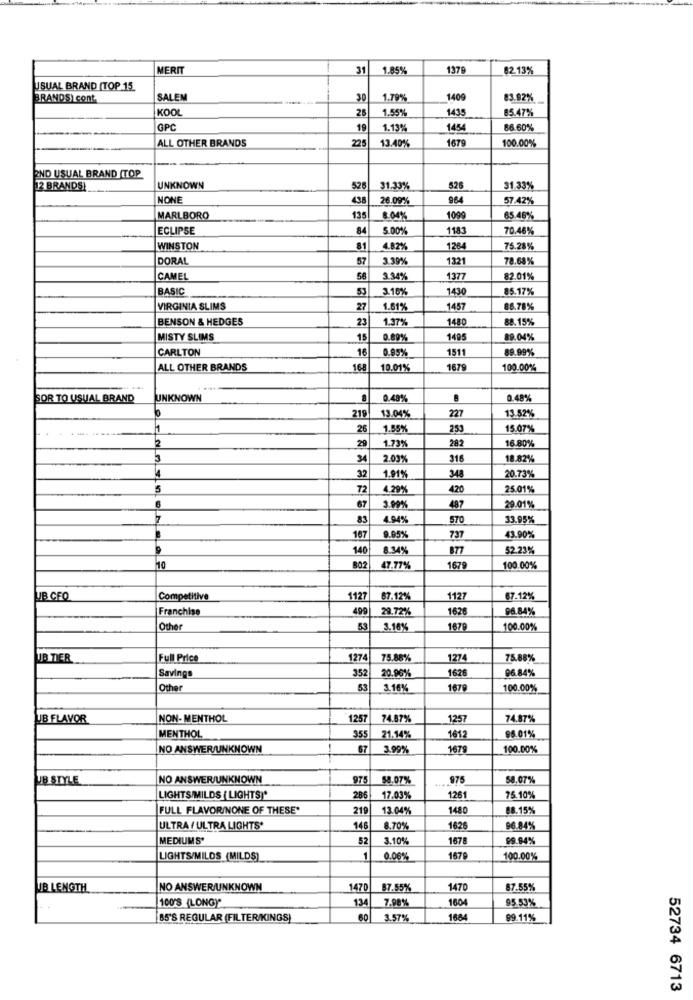
MERIT
31
1.85%
1379
82.13%
USUAL BRAND (TOP 15.
BRANDS) cont.
SALEM
30
1.79%
1409
83.92%
KOOL
1.55%
1435
85.47%
26
GPC
19
1.13%
1454
86.60%
ALL OTHER BRANDS
225
13.40%
1679
100.00%
2ND USUAL BRAND (TOP
12 BRANDS!
UNKNOWN
526
31.33%
526
31.33%
NONE
438
26.09%
964
57.42%
MARLBORO
135
8.04%
1099
65.46%
ECLIPSE
84
5.00%
1183
70.46%
WINSTON
8
4.82%
1264
75.28%
DORAL
57
3.39%
1321
78.68%
CAMEL
234%
1377
82.01%
BASIC
3.16%
1430
85.17%
VIRGINIA SLIMS
27
1.61%
1457
86.78%
BENSON & HEDGES
23
1.37%
1480
88.15%
MISTY SLIMS
15
0.89%
1495
89.04%
CARLTON
16
0.959
1511
89.99%
ALL OTHER BRANDS
168
10.01%
1679
100.00%
SOR TO USUAL BRAND
UNKNOWN
0.489
0.48%
227
13.52%
219
13.04%
1
26
1.55%
253
15.07%
2
1.73%
282
16.80%
34
2.03%
316
18.82%
32
1.91%
348
20.73%
5
72
4.29%
420
25.01%
487
3.90%
29.01%
7
83
4.94%
570
33.95%
167
9.95%
737
43.90%
140
8.34%
877
52.23%
10
802
47.77%
1679
100.00%
UB CFO
Competitive
1127
87.12%
1127
67.12%
Franchise
499
29.72%
162
96.84%
Other
53
3.16%
1679
100.00%
JB TIER
Full Price
1274
75.88%
1274
75.88%
352
1626
96.84%
Savings
20.96%
Other
53
3.16%
1679
100.00%
UB FLAVOR
NON-MENTHOL
1257
74.87%
1257
74.87%
MENTHOL
355
21.14%
1612
96.01%
NO ANSWER/UNKNOWN
67
3.99%
167
100.00%
UB STYLE
NO ANSWER/UNKNOWN
975
58.07%
975
58.07%
LIGHTS MILDS ( LIGHTS)*
286
17.03%
1261
75.10%
FULL FLAVORINONE OF THESE'
219
13.04%
1480
88.15%
ULTRA / ULTRA LIGHTS*
146
8.70%
1626
96.84%
MEDIUMS'
3.10%
1678
99.94%
LIGHTS/MILDS (MILDS)
0.06%
1679
100.00%
IB LENGTH
NO ANSWER/UNKNOWN
1470
87.55%
1470
87.55%
100'S (LONG)"
134
7.98%
1604
95.53%
B5'S REGULAR (FILTER/KINGS)
3.57%
1664
99.11%
52734 6713